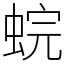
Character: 䖾